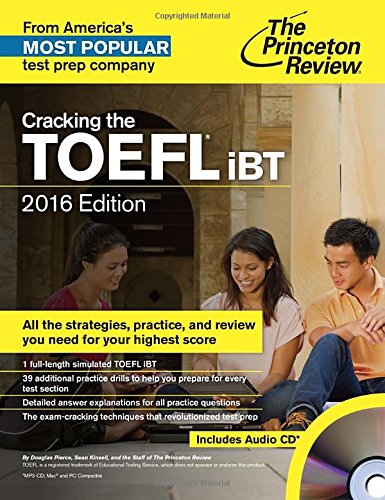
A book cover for Cracking the TOEFL iBT with Audio CD, 2016 Edition (College Test Preparation); Princeton Review; Test Preparation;